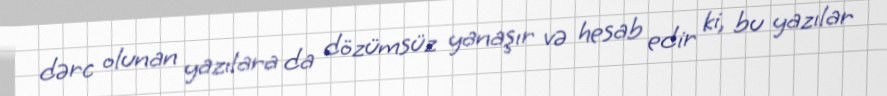
dərc olunan yazılara da dözümsüz yanaşır və hesab edir ki, bu yazılar